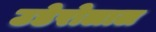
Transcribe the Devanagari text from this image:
उडेरोलाल